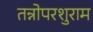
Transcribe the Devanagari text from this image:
तन्नोपरशुराम